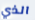
الذي